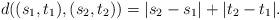
LaTeX: \begin{align*} d((s_1,t_1),(s_2,t_2))=|s_2-s_1|+|t_2-t_1|.\end{align*}